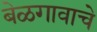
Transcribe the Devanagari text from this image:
बेळगावाचे